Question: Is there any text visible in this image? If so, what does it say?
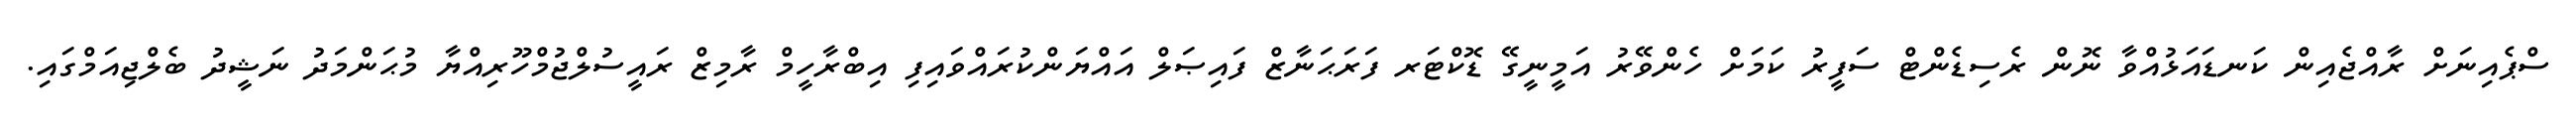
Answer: ސްޕެއިނަށް ރާއްޖެއިން ކަނޑައަޅުއްވާ ނޮން ރެސިޑެންޓް ސަފީރު ކަމަށް ހެންވޭރު އަމީނީގޭ ޑޮކްޓަރ ފަރަޙަނާޒް ފައިޞަލް އައްޔަންކުރައްވައިފި އިބްރާހީމް ރާމިޒް ރައީސުލްޖުމްހޫރިއްޔާ މުޙަންމަދު ނަޝީދު ބެލްޖިއަމްގައި.